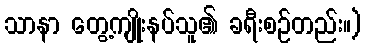
သာနာ တွေ့ကျိုးနပ်သူ၏ ခရီးစဉ်တည်း။)